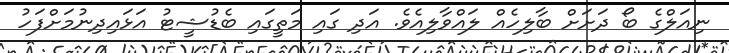
ނިއަލްގެ ބޯ ދަށަށް ބާލިހެއް ލައްވާލިއެވެ. އަދި ގައި މަތީގައި ބެޑުޝީޓު އަޅައިދިނުމަށްފަހު